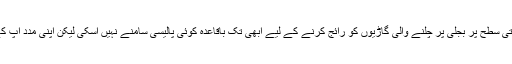
واضح رہے کہ اگرچہ پاکستان میں حکومتی سطح پر بجلی پر چلنے والی گاڑیوں کو رائج کرنے کے لیے ابھی تک باقاعدہ کوئی پالیسی سامنے نہیں آسکی لیکن اپنی مدد آپ کے تحت لوگ اس کام کے لیے کوشاں ہیں۔